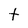
Character: t